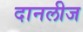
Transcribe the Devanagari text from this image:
दानलीज